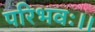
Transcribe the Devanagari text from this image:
परिभवः।।